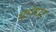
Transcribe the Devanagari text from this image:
चूहेमार